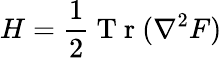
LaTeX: H=\frac{1}{2}\mathrm{~T~r~}(\nabla^{2}F)